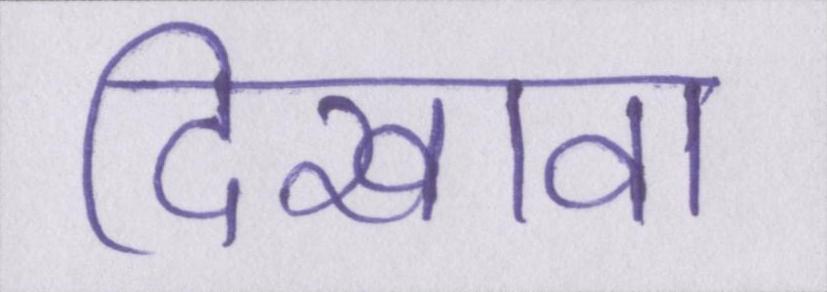
दिखावा